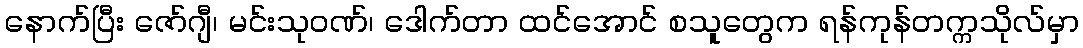
နောက်ပြီး ဇော်ဂျီ၊ မင်းသုဝဏ်၊ ဒေါက်တာ ထင်အောင် စသူတွေက ရန်ကုန်တက္ကသိုလ်မှာ